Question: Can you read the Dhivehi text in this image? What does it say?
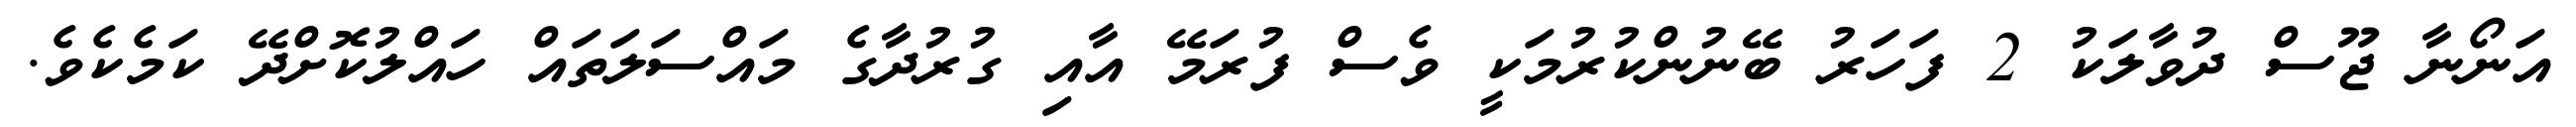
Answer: އަނޯނާ ޖޫސް ދުވާލަކު 2 ފަހަރު ބޭނުންކުރުމަކީ ވެސް ފުރަމޭ އާއި ގުރުދާގެ މައްސަލަތައް ހައްލުކޮށްދޭ ކަމެކެވެ.